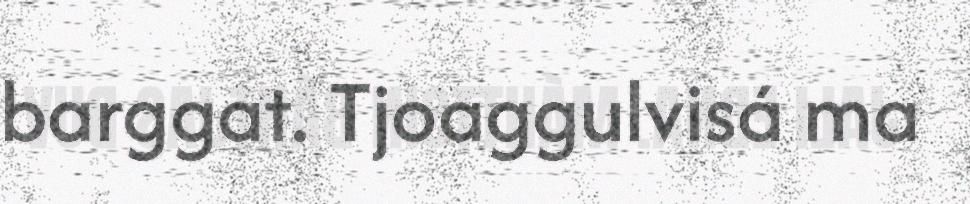
barggat. Tjoaggulvisá ma